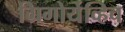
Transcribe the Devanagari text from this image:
ग्रिगोर्येव्हिच